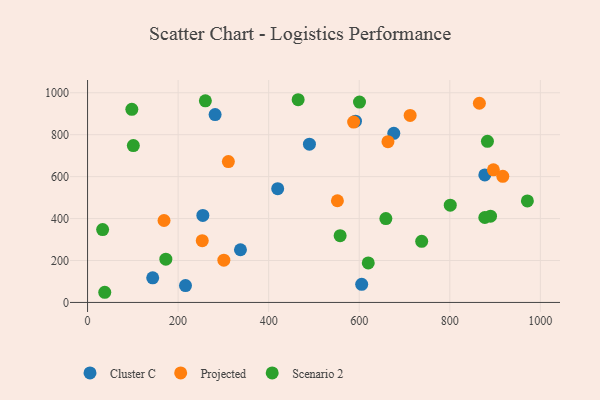
{"axis": {"x": "Engine Size", "y": "Sales"}, "legend": ["Cluster C", "Projected", "Scenario 2"], "data": [{"x": "490.0", "y": 755.0, "type": "Cluster C"}, {"x": "281.7", "y": 896.1, "type": "Cluster C"}, {"x": "337.7", "y": 251.2, "type": "Cluster C"}, {"x": "216.3", "y": 80.4, "type": "Cluster C"}, {"x": "591.7", "y": 864.6, "type": "Cluster C"}, {"x": "877.3", "y": 608.0, "type": "Cluster C"}, {"x": "419.9", "y": 542.4, "type": "Cluster C"}, {"x": "143.9", "y": 117.4, "type": "Cluster C"}, {"x": "605.4", "y": 86.3, "type": "Cluster C"}, {"x": "254.6", "y": 414.8, "type": "Cluster C"}, {"x": "676.3", "y": 806.6, "type": "Cluster C"}, {"x": "712.4", "y": 891.7, "type": "Projected"}, {"x": "896.3", "y": 632.3, "type": "Projected"}, {"x": "168.9", "y": 390.9, "type": "Projected"}, {"x": "311.0", "y": 671.9, "type": "Projected"}, {"x": "865.3", "y": 950.0, "type": "Projected"}, {"x": "551.8", "y": 485.1, "type": "Projected"}, {"x": "587.6", "y": 860.0, "type": "Projected"}, {"x": "917.0", "y": 601.4, "type": "Projected"}, {"x": "301.0", "y": 201.7, "type": "Projected"}, {"x": "253.3", "y": 294.8, "type": "Projected"}, {"x": "663.4", "y": 766.6, "type": "Projected"}, {"x": "619.9", "y": 188.7, "type": "Scenario 2"}, {"x": "557.8", "y": 318.2, "type": "Scenario 2"}, {"x": "658.8", "y": 400.1, "type": "Scenario 2"}, {"x": "97.8", "y": 921.2, "type": "Scenario 2"}, {"x": "38.0", "y": 48.5, "type": "Scenario 2"}, {"x": "172.9", "y": 206.5, "type": "Scenario 2"}, {"x": "889.9", "y": 411.2, "type": "Scenario 2"}, {"x": "877.3", "y": 405.2, "type": "Scenario 2"}, {"x": "801.0", "y": 463.9, "type": "Scenario 2"}, {"x": "101.1", "y": 748.1, "type": "Scenario 2"}, {"x": "883.1", "y": 768.3, "type": "Scenario 2"}, {"x": "737.9", "y": 291.5, "type": "Scenario 2"}, {"x": "971.3", "y": 484.2, "type": "Scenario 2"}, {"x": "33.3", "y": 347.4, "type": "Scenario 2"}, {"x": "465.1", "y": 966.8, "type": "Scenario 2"}, {"x": "260.2", "y": 961.5, "type": "Scenario 2"}, {"x": "600.6", "y": 955.5, "type": "Scenario 2"}]}